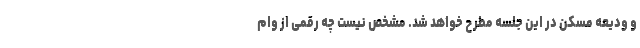
و ودیعه مسکن در این جلسه مطرح خواهد شد. مشخص نیست چه رقمی از وام